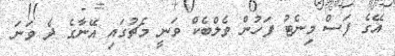
އޭގެ ފަސް މިނެޓު ފަހުން ވެލްބެކް ވަނީ މެޗުގައި އޭނާގެ ދެ ވަނަ